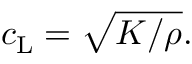
c _ { \mathrm { L } } = \sqrt { K / \rho } .